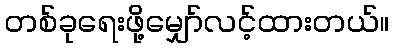
တစ်ခုရေးဖို့မျှော်လင့်ထားတယ်။